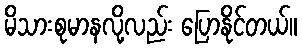
မိသားစုမာနလို့လည်း ပြောနိုင်တယ်။